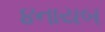
૪નાયબ